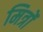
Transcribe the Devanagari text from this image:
मित्रोंं